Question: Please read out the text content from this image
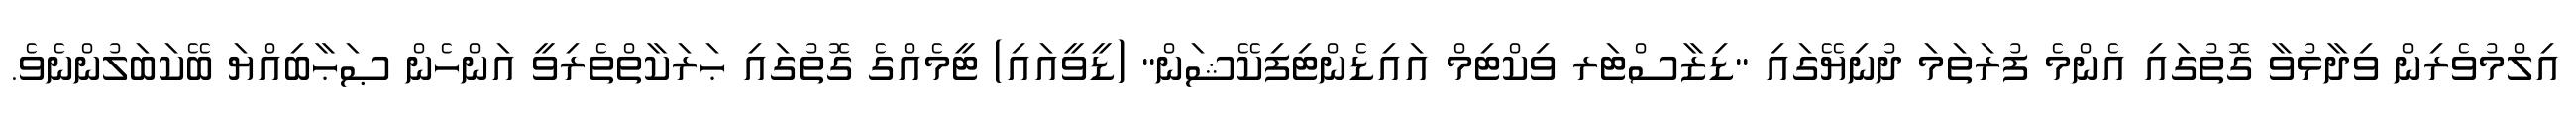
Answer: އިލްމުވެރިން ވިދާޅުވާ ގޮތުގައި އެންމެ ފުރަތަމަ ދުނިޔޭގައި "ޑިޒާސްޓަރ ވިކްޓިމް އައިޑެންޓިފިކޭޝަން" (ޑީވީއައި) ޓީމެއްގެ ގޮތުގައި ޙަރަކާތްތެރިވީ އަންހެން ޞަޙާބިއްޔަ ބޭކަބަލުންނެވެ.